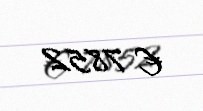
€ 7852